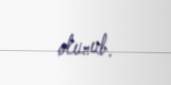
olunub.